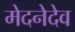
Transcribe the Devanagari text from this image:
मेदनेदेव